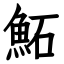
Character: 鮖